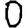
Digit: 0